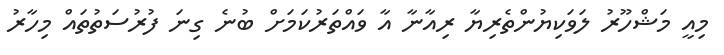
މިއީ މަޝްހޫރު ލަވަކިޔުންތެރިޔާ ރިއާނާ އާ ވައްތަރުކަމަށް ބުނެ ގިނަ ފުރުސަތުތައް މިހާރު